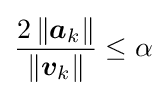
{\frac {2\left\|{\boldsymbol {a}}_{k}\right\|}{\left\|{\boldsymbol {v}}_{k}\right\|}}\leq \alpha